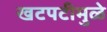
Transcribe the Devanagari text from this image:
खटपटीमुळे